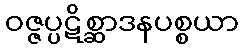
ဝဇ္ဇပ္ပဋိစ္ဆာဒနပစ္စယာ